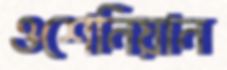
ওশেনিয়ান